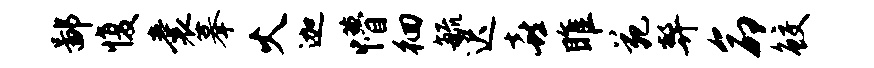
鄙愎囊摹火迦懵徊毓迟喜雎苑弊命鲛